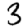
Digit: 3